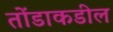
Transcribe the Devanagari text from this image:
तोंडाकडील